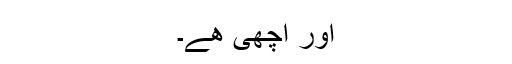
اور اچھی ھے۔